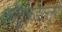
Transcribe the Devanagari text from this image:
कोटुङ्ङल्लूर